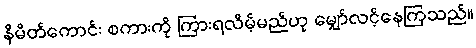
နိမိတ်ကောင်း စကားကို ကြားရလိမ့်မည်ဟု မျှော်လင့်နေကြသည်။